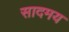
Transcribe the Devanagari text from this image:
सादमय